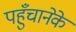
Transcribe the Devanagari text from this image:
पहुँचानेके